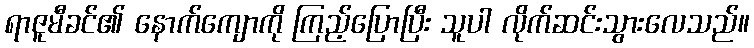
ရာဇူမီခင်၏ နောက်ကျောကို ကြည့်ပြောပြီး သူပါ လိုက်ဆင်းသွားလေသည်။